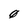
Character: 0